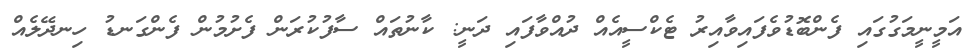
އަމީނީމަގުގައި ފެންބޮޑުވެފައިވާއިރު ޓެކްސީއެއް ދުއްވާފައި ދަނީ: ކާނުތައް ސާފުކުރަން ފެށުމުން ފެންގަނޑު ހިނދޭލެއް